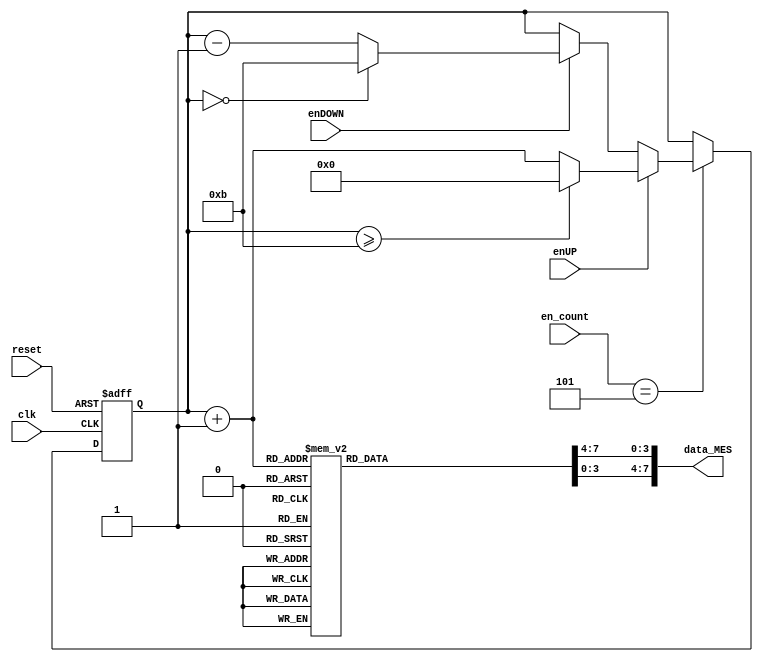
module contador_AD_MES_2dig
(
input wire clk,
input wire reset,
input wire [3:0] en_count,
input wire enUP,
input wire enDOWN,
output wire [7:0] data_MES
);

localparam N = 4; // Para definir el nmero de bits del contador (hasta 12->4 bits)
//Declaracin de seales
reg [N-1:0] q_act, q_next;
wire [N-1:0] count_data;
reg [3:0] digit1, digit0;

//Descripcin del comportamiento
always@(posedge clk, posedge reset)
begin	
	
	if(reset)
	begin
		q_act <= 4'b0;
	end
	
	else
	begin
		q_act <= q_next;
	end
end


//Lgica de salida

always@*
begin

	if (en_count == 5)
	begin
		if (enUP)
		begin
			if (q_act >= 4'd11) q_next = 4'd0;
			else q_next = q_act + 4'd1;
		end
		
		else if (enDOWN)
		begin
			if (q_act == 4'd0) q_next = 4'd11;
			else q_next = q_act - 4'd1;
		end
		else q_next = q_act;
	end
	else q_next = q_act;
	
end

assign count_data = q_act + 1'b1;//Suma 1 a todas las cuentas de 0->11 a 1->12

//Decodificacin BCD (2 dgitos)

always@*
begin
case(count_data)

8'd1: begin digit1 = 4'b0000; digit0 = 4'b0001; end
8'd2: begin digit1 = 4'b0000; digit0 = 4'b0010; end
8'd3: begin digit1 = 4'b0000; digit0 = 4'b0011; end
8'd4: begin digit1 = 4'b0000; digit0 = 4'b0100; end
8'd5: begin digit1 = 4'b0000; digit0 = 4'b0101; end
8'd6: begin digit1 = 4'b0000; digit0 = 4'b0110; end
8'd7: begin digit1 = 4'b0000; digit0 = 4'b0111; end
8'd8: begin digit1 = 4'b0000; digit0 = 4'b1000; end
8'd9: begin digit1 = 4'b0000; digit0 = 4'b1001; end

8'd10: begin digit1 = 4'b0001; digit0 = 4'b0000; end
8'd11: begin digit1 = 4'b0001; digit0 = 4'b0001; end
8'd12: begin digit1 = 4'b0001; digit0 = 4'b0010; end

default:  begin digit1 = 0; digit0 = 0; end
endcase
end

assign data_MES = {digit1,digit0};

endmodule